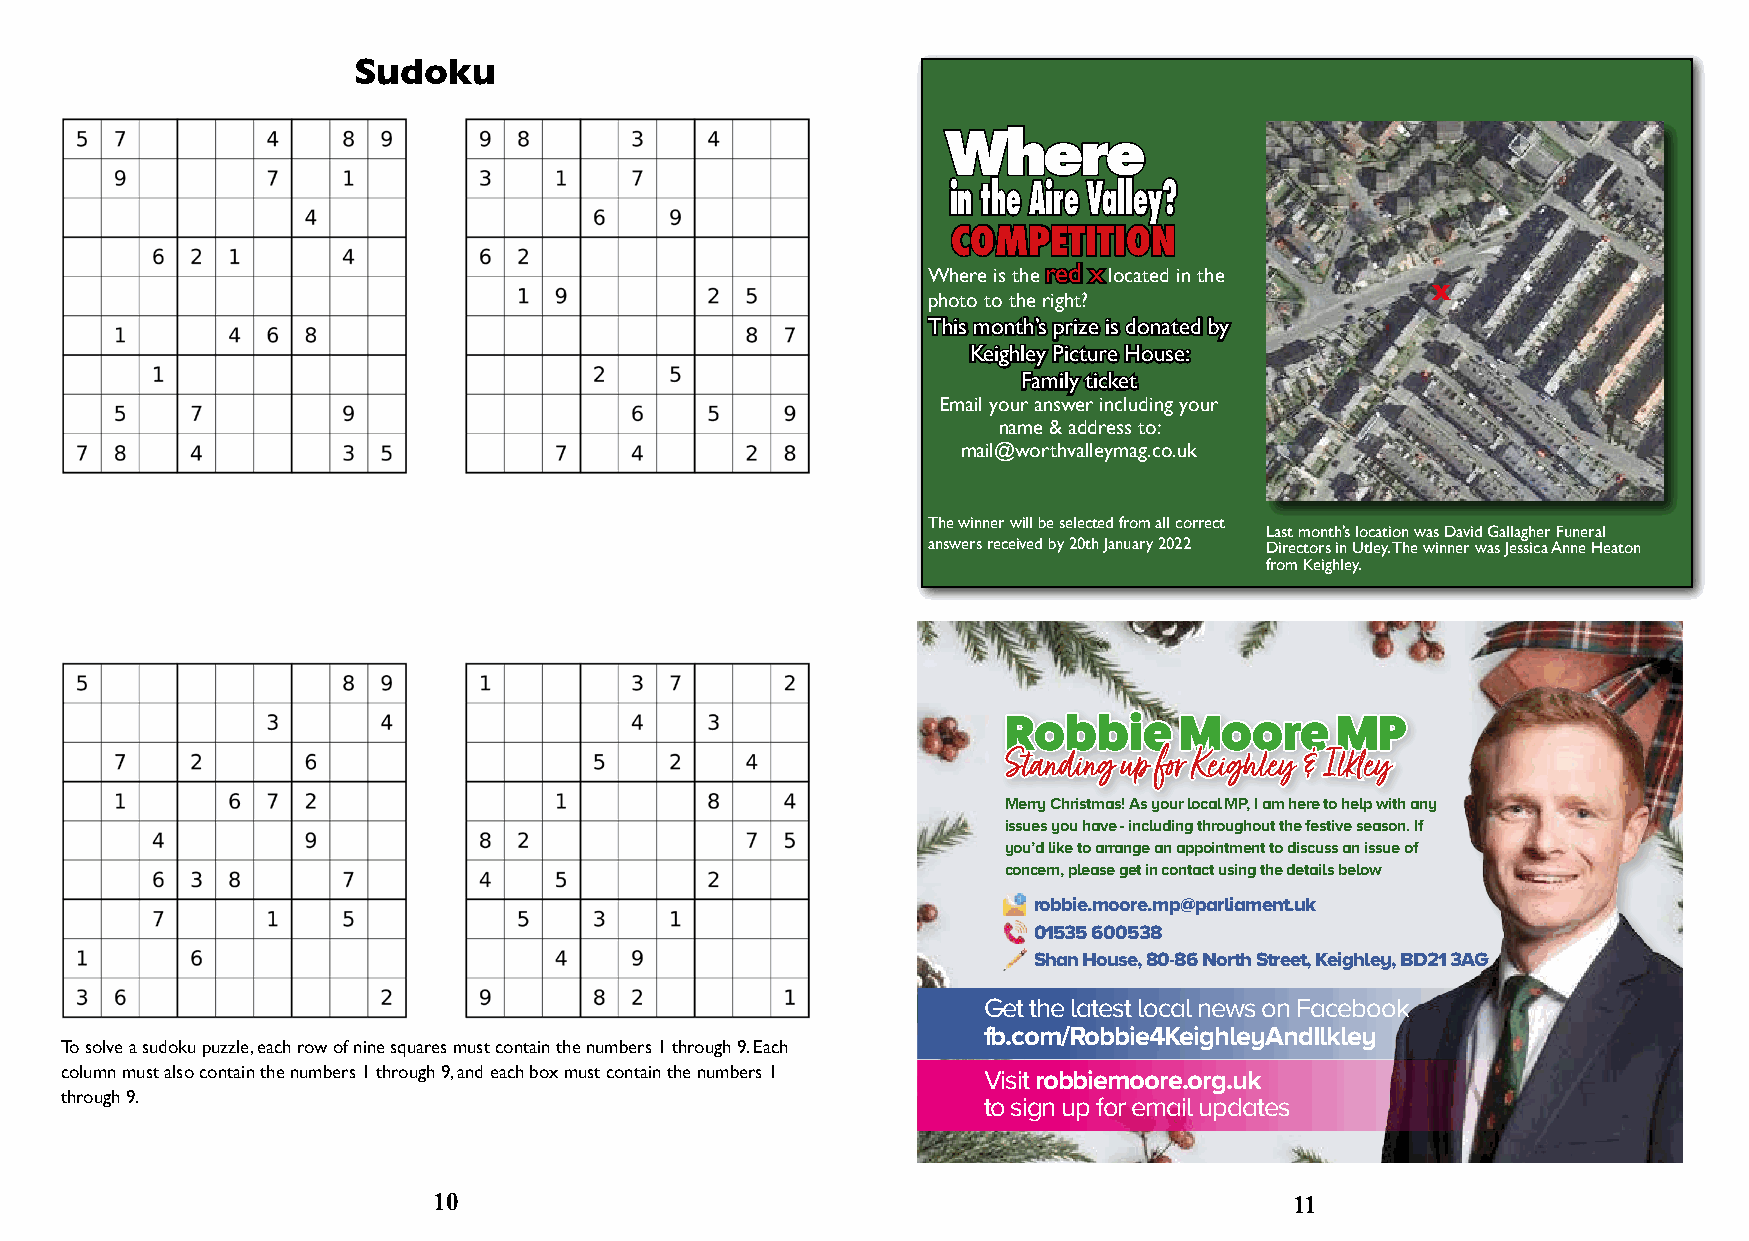
Sudoku
 WWhheerree
 iinn tthhee AAiirree VVaalllleeyy??
 CCOOMMPPEETTIITTIIOONN
 Where is the rreedd xx located in the
 x
 photo to the right?
 TThhiiss mmoonntthh’’ss pprriizzee iiss ddoonnaatteedd bbyy
 KKeeiigghhlleeyy PPiiccttuurree HHoouussee::
 FFaammiillyy ttiicckkeett
 Email your answer including your
 name & address to:
 mail@worthvalleymag.co.uk
 The winner will be selected from all correct
 Last month’s location was David Gallagher Funeral
 answers received by 20th January 2022 Directors in Utley. The winner was Jessica Anne Heaton
 from Keighley.
 RRoobbbbiiee MMoooorree MMPP
 SSttaannddiinngg uupp ffoorr KKeeiigghhlleeyy && IIllkklleeyy
 Merry Christmas! As your local MP, I am here to help with any
 issues you have - including throughout the festive season. If
 you’d like to arrange an appointment to discuss an issue of
 concern, please get in contact using the details below
 robbie.moore.mp@parliament.uk
 01535 600538
 Shan House, 80-86 North Street, Keighley, BD21 3AG
 Get the latest local news on Facebook
 fb.com/Robbie4KeighleyAndIlkley
 To solve a sudoku puzzle, each row of nine squares must contain the numbers 1 through 9. Each
 column must also contain the numbers 1 through 9, and each box must contain the numbers 1 Visit robbiemoore.org.uk
 through 9.                                                   to sign up for email updates
 To advertise call Karen or Liz on 01535 642227
 10                                                       11